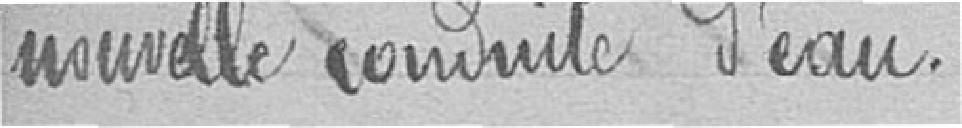
nouvelle conduite d'eau.